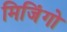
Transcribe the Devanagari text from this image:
मिजिंगो